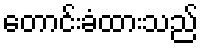
တောင်းခံထားသည်